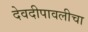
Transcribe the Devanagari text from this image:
देवदीपावलीचा